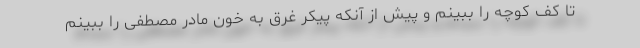
تا کف کوچه را ببینم و پیش از آنکه پیکر غرق به خون مادر مصطفی را ببینم